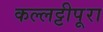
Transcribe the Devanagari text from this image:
कल्लट्टीपूरा